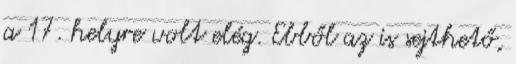
a 17. helyre volt elég. Ebből az is sejthető,